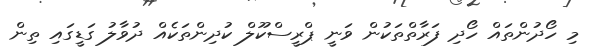
މި ހޯދުންތައް ހޯދި ފަރާތްތަކުން ވަނީ ޕްރީސްކޫލް ކުދިންތަކެއް ދުވާލު ގަޑީގައި ތިން